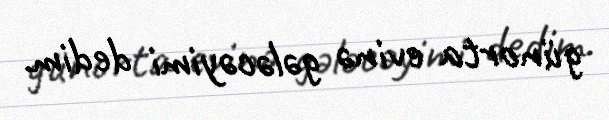
günorta evinə gələcəyimi dedim.